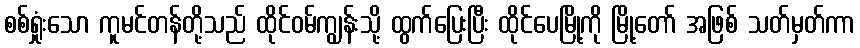
စစ်ရှုံးသော ကူမင်တန်တို့သည် ထိုင်ဝမ်ကျွန်းသို့ ထွက်ပြေးပြီး ထိုင်ပေမြို့ကို မြို့တော် အဖြစ် သတ်မှတ်ကာ